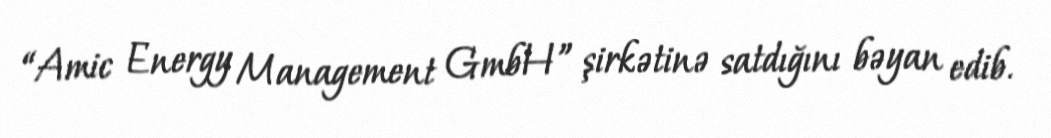
“Amic Energy Management GmbH” şirkətinə satdığını bəyan edib.